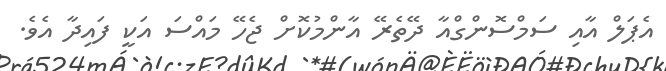
އެޕަލް އާއި ސަމްސޮންގްއާ ދޭތެރޭ އާންމުކޮށް ޖެހޭ މައްސަ އަކީ ފައިދާ އެވެ.